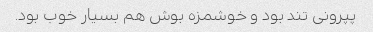
پپرونی تند بود و خوشمزه بوش هم بسیار خوب بود.